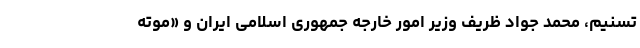
تسنیم، محمد جواد ظریف وزیر امور خارجه جمهوری اسلامی ایران و «موته